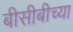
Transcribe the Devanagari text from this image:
बीसीबीच्या